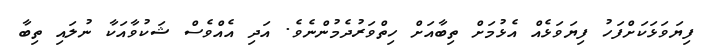
ފިޔަވަޅަކަށްފަހު ފިޔަވަޅެއް އެޅުމަށް ތިބާއަށް ހިތްވަރުދެމުންނެވެ. އަދި އެއްވެސް ޝަކުވާއަކާ ނުލައި ތިބާ